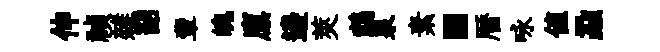
伸禎雜韶輩魄廪邊莢鵡泉素。暦咏值蝨